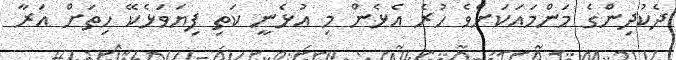
ދެކުދިންގެ މަންމައަކަށްވެ ހުރެ އެޅެން މި އުޅެނީ ކަތި ފިޔަވަޅެކޭ ހިތަށް އަރާ